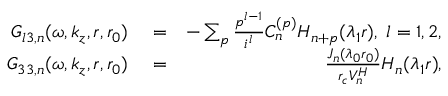
\begin{array} { r l r } { G _ { l 3 , n } ( \omega , k _ { z } , r , r _ { 0 } ) } & { { } = } & { - \sum _ { p } \frac { p ^ { l - 1 } } { i ^ { l } } C _ { n } ^ { ( p ) } H _ { n + p } ( \lambda _ { 1 } r ) , \; l = 1 , 2 , } \\ { G _ { 3 3 , n } ( \omega , k _ { z } , r , r _ { 0 } ) } & { { } = } & { \frac { J _ { n } ( \lambda _ { 0 } r _ { 0 } ) } { r _ { c } V _ { n } ^ { H } } H _ { n } ( \lambda _ { 1 } r ) , } \end{array}